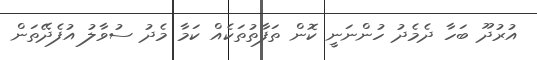
އުރުދޫ ބަހާ ދެމެދު ހުންނަނީ ކޮން ތަފާތުތަކެއް ކަމާ މެދު ސުވާލު އުފެދޭތަން